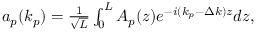
\begin{array} { r } { a _ { p } ( k _ { p } ) = \frac { 1 } { \sqrt { L } } \int _ { 0 } ^ { L } A _ { p } ( z ) e ^ { - i ( k _ { p } - \Delta k ) z } d z , } \end{array}